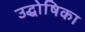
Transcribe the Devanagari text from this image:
उद्धोषिका